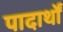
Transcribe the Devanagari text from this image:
पादार्थों